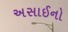
અસાઈનો